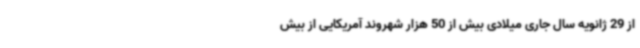
از 29 ژانویه سال جاری میلادی بیش از 50 هزار شهروند آمریکایی از بیش